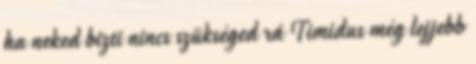
ha neked bizti nincs szükséged rá Timidus még lejjebb